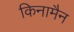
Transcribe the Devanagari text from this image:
किनामैन